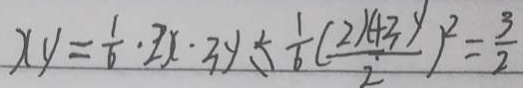
x y = \frac { 1 } { 6 } \cdot 2 x \cdot 3 y = \frac { 1 } { 6 } ( \frac { 2 x + 3 y ) } { 2 } ) ^ { 2 } = \frac { 3 } { 2 }